画像に写った文字を読んでください
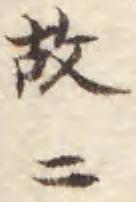
「故ニ」と書いてあります